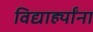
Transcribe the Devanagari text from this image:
विद्यार्ह्यांना